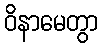
ဝိနာမေတွာ